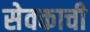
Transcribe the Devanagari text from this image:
सेवकाची